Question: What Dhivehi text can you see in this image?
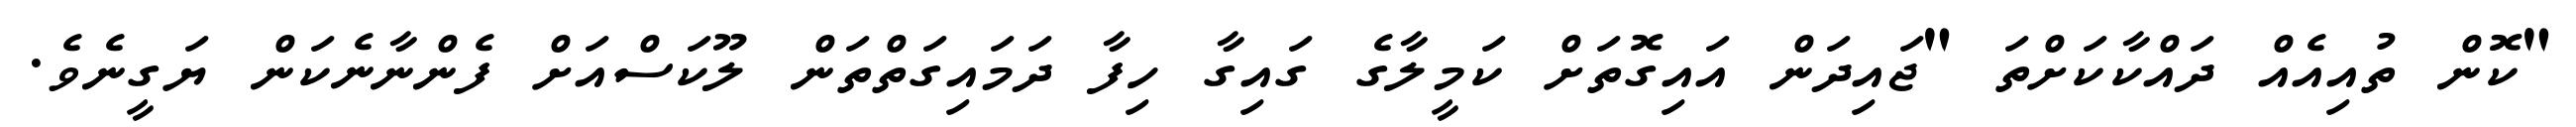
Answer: "ކޮން ތުއިއެއް ދައްކާކަށްތަ "ޖައިދަން އައިގޮތަށް ކަމީލާގެ ގައިގާ ހިފާ ދަމައިގަތްތަން ލޫކަސްއަށް ފެންނާނެކަން ޔަގީނެވެ.